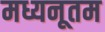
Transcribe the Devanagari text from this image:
मध्यनूतम